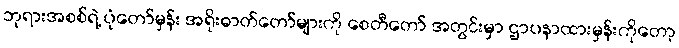
ဘုရားအစစ်ရဲ့ ပုံတော်မှန်း အရိုးဓာတ်တော်များကို စေတီတော် အတွင်းမှာ ဌာပနာထားမှန်းကိုတော့